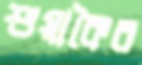
শুয়াকৈর